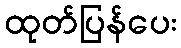
ထုတ်ပြန်ပေး